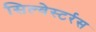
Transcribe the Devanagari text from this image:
सिल्वेस्टर्रस